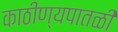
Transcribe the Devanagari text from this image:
काठीण्यपातळी